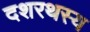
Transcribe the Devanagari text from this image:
दशरथस्य